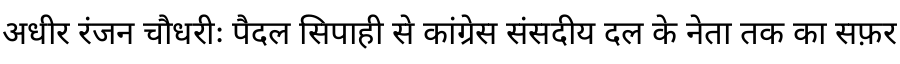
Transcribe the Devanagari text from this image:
अधीर रंजन चौधरीः पैदल सिपाही से कांग्रेस संसदीय दल के नेता तक का सफ़र